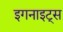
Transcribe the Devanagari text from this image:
इगनाइट्स